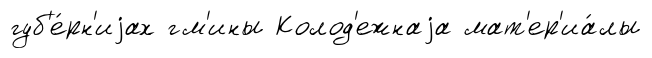
губ'е́рн'иjах гм'ины Колод'ежнаjа мат'ер'иа́лы